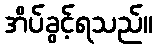
အိပ်ခွင့်ရသည်။